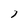
Character: 1